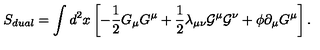
S _ { d u a l } = \int d ^ { 2 } x \left[ - { \frac 1 2 } G _ { \mu } G ^ { \mu } + { \frac 1 2 } { \lambda } _ { { \mu } { \nu } } { \cal G } ^ { \mu } { \cal G } ^ { \nu } + { \phi } { \partial } _ { \mu } G ^ { \mu } \right] .